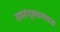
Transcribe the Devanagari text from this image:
सवयंपुनरुत्पादक